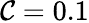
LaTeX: \mathcal{C}=0.1